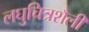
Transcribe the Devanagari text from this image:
लघुचित्रशैली